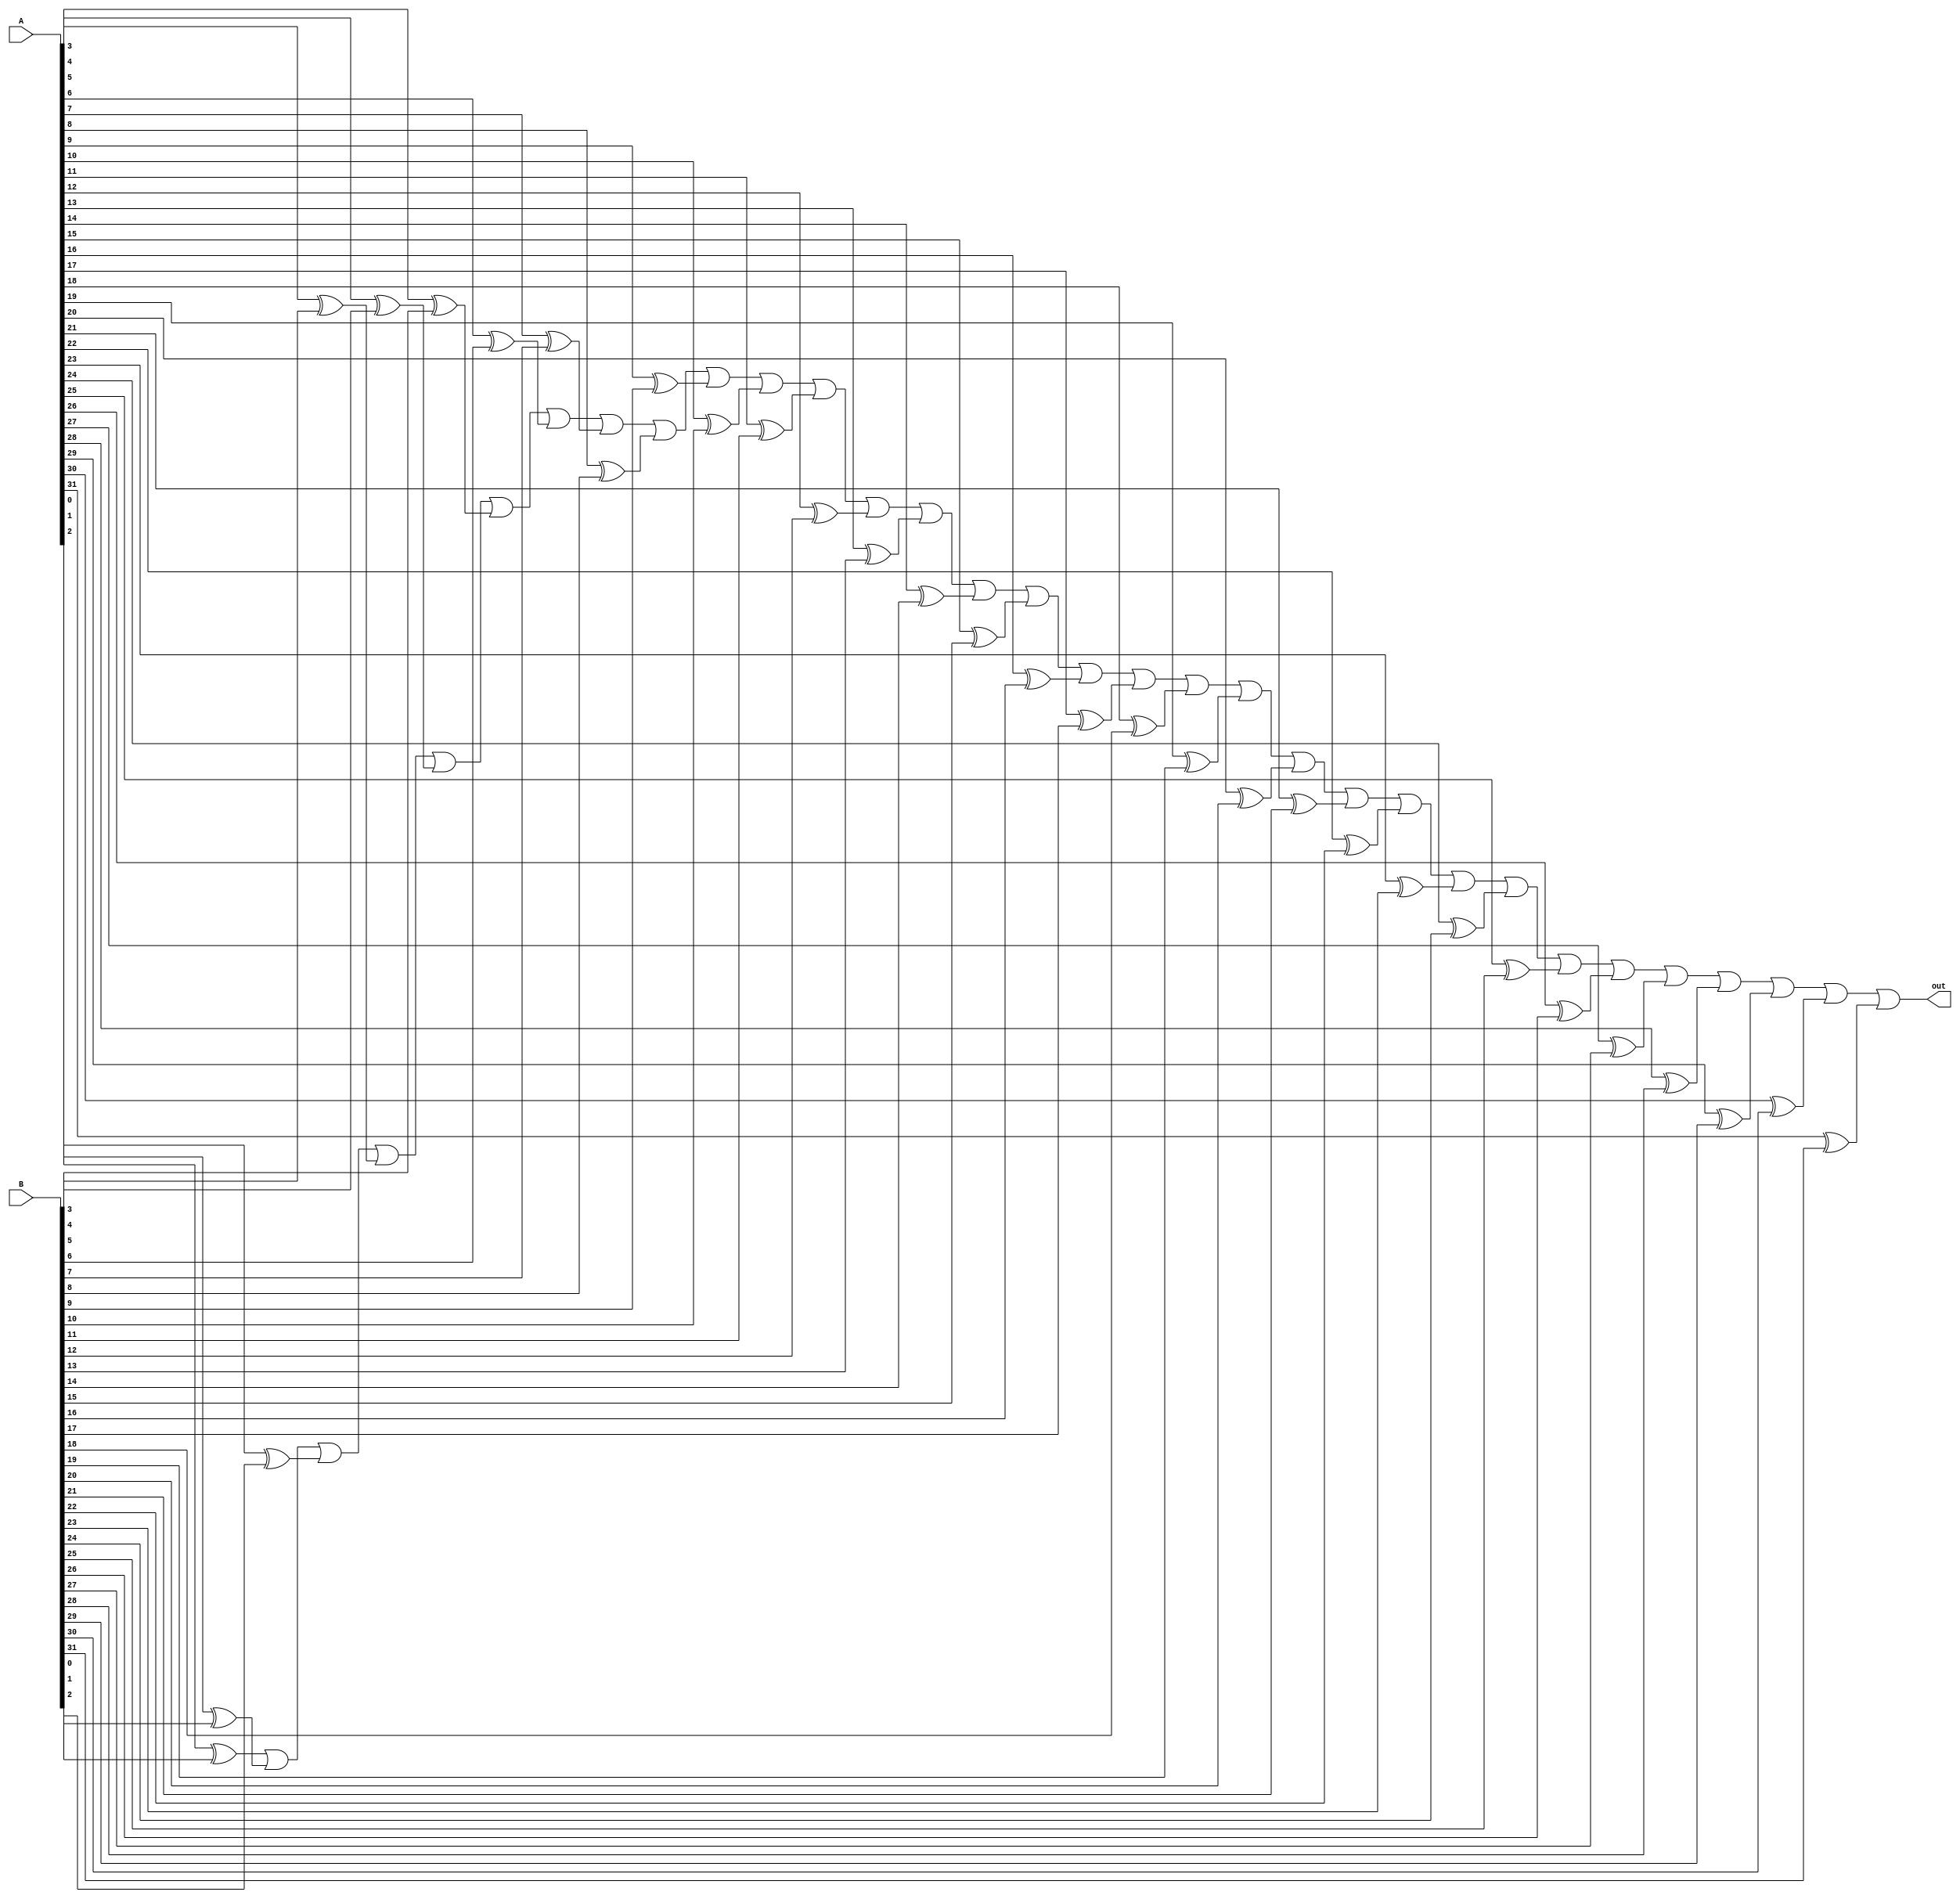
module is_not_equal(A, B, out);
	input[31:0] A, B;
	output out;
	
	wire[31:0] xor_res;
	wire temp[30:0];
	xor(xor_res[0], A[0], B[0]);
	xor(xor_res[1], A[1], B[1]);
	xor(xor_res[2], A[2], B[2]);
	xor(xor_res[3], A[3], B[3]);
	xor(xor_res[4], A[4], B[4]);
	xor(xor_res[5], A[5], B[5]);
	xor(xor_res[6], A[6], B[6]);
	xor(xor_res[7], A[7], B[7]);
	xor(xor_res[8], A[8], B[8]);
	xor(xor_res[9], A[9], B[9]);
	xor(xor_res[10], A[10], B[10]);
	xor(xor_res[11], A[11], B[11]);
	xor(xor_res[12], A[12], B[12]);
	xor(xor_res[13], A[13], B[13]);
	xor(xor_res[14], A[14], B[14]);
	xor(xor_res[15], A[15], B[15]);
	xor(xor_res[16], A[16], B[16]);
	xor(xor_res[17], A[17], B[17]);
	xor(xor_res[18], A[18], B[18]);
	xor(xor_res[19], A[19], B[19]);
	xor(xor_res[20], A[20], B[20]);
	xor(xor_res[21], A[21], B[21]);
	xor(xor_res[22], A[22], B[22]);
	xor(xor_res[23], A[23], B[23]);
	xor(xor_res[24], A[24], B[24]);
	xor(xor_res[25], A[25], B[25]);
	xor(xor_res[26], A[26], B[26]);
	xor(xor_res[27], A[27], B[27]);
	xor(xor_res[28], A[28], B[28]);
	xor(xor_res[29], A[29], B[29]);
	xor(xor_res[30], A[30], B[30]);
	xor(xor_res[31], A[31], B[31]);
	

	or(temp[0], xor_res[0], xor_res[1]);	
	or(temp[1], temp[0], xor_res[2]);	
	or(temp[2], temp[1], xor_res[3]);	
	or(temp[3], temp[2], xor_res[4]);	
	or(temp[4], temp[3], xor_res[5]);	
	or(temp[5], temp[4], xor_res[6]);	
	or(temp[6], temp[5], xor_res[7]);	
	or(temp[7], temp[6], xor_res[8]);	
	or(temp[8], temp[7], xor_res[9]);	
	or(temp[9], temp[8], xor_res[10]);	
	or(temp[10], temp[9], xor_res[11]);	
	or(temp[11], temp[10], xor_res[12]);	
	or(temp[12], temp[11], xor_res[13]);	
	or(temp[13], temp[12], xor_res[14]);	
	or(temp[14], temp[13], xor_res[15]);	
	or(temp[15], temp[14], xor_res[16]);	
	or(temp[16], temp[15], xor_res[17]);	
	or(temp[17], temp[16], xor_res[18]);	
	or(temp[18], temp[17], xor_res[19]);	
	or(temp[19], temp[18], xor_res[20]);	
	or(temp[20], temp[19], xor_res[21]);	
	or(temp[21], temp[20], xor_res[22]);	
	or(temp[22], temp[21], xor_res[23]);	
	or(temp[23], temp[22], xor_res[24]);	
	or(temp[24], temp[23], xor_res[25]);	
	or(temp[25], temp[24], xor_res[26]);	
	or(temp[26], temp[25], xor_res[27]);	
	or(temp[27], temp[26], xor_res[28]);	
	or(temp[28], temp[27], xor_res[29]);	
	or(temp[29], temp[28], xor_res[30]);	
	or(temp[30], temp[29], xor_res[31]);	
		
	assign out = temp[30];

endmodule